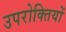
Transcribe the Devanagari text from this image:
उपरोक्तियों